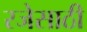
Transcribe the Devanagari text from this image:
रजेसाठी